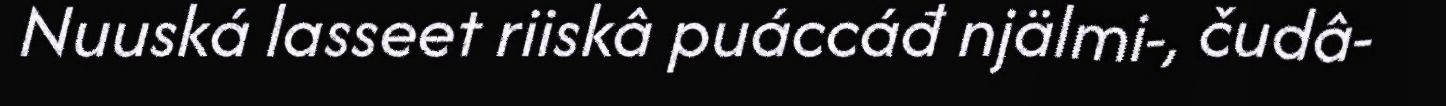
Nuuská lasseet riiskâ puáccáđ njälmi-, čudâ-